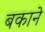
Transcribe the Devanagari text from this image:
बकाने